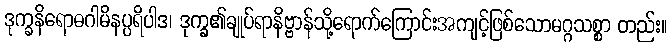
ဒုက္ခနိရောဓဂါမိနပ္ပရိပါဒ၊ ဒုက္ခ၏ချုပ်ရာနိဗ္ဗာန်သို့ရောက်ကြောင်းအကျင့်ဖြစ်သောမဂ္ဂသစ္စာ တည်း။